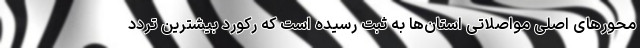
محورهای اصلی مواصلاتی استان‌ها به ثبت رسیده است که رکورد بیشترین تردد